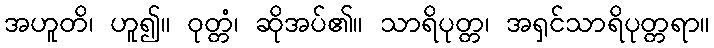
အဟူတိ၊ ဟူ၍။ ဝုတ္တံ၊ ဆိုအပ်၏။ သာရိပုတ္တ၊ အရှင်သာရိပုတ္တရာ။